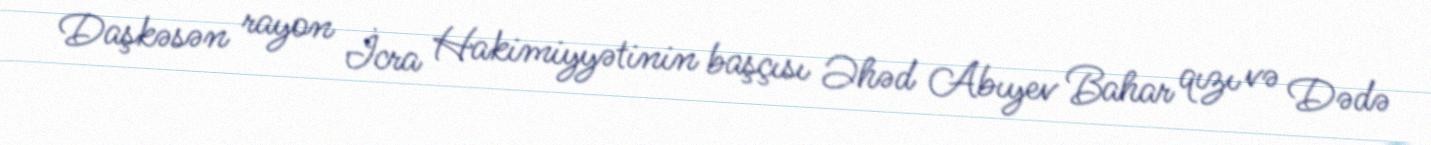
Daşkəsən rayon İcra Hakimiyyətinin başçısı Əhəd Abıyev Bahar qızı və Dədə